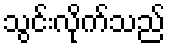
သွင်းလိုက်သည်